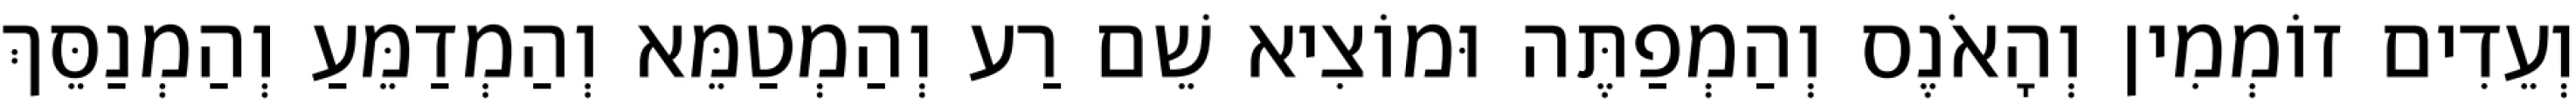
וְעֵדִים זוֹמְמִין וְהָאֹנֶס וְהַמְפַתֶּה וּמוֹצִיא שֵׁם רַע וְהַמְטַמֵּא וְהַמְדַמֵּעַ וְהַמְנַסֵּךְ